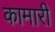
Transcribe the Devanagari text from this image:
कामारी